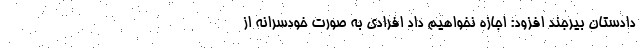
دادستان بیرجند افزود: اجازه نخواهیم داد افرادی به صورت خودسرانه از